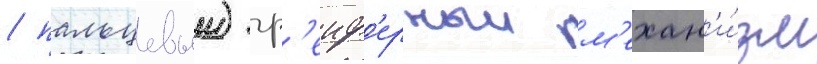
/ пальцевыи) гр'еиф'ерныи м'ехан'и́зм